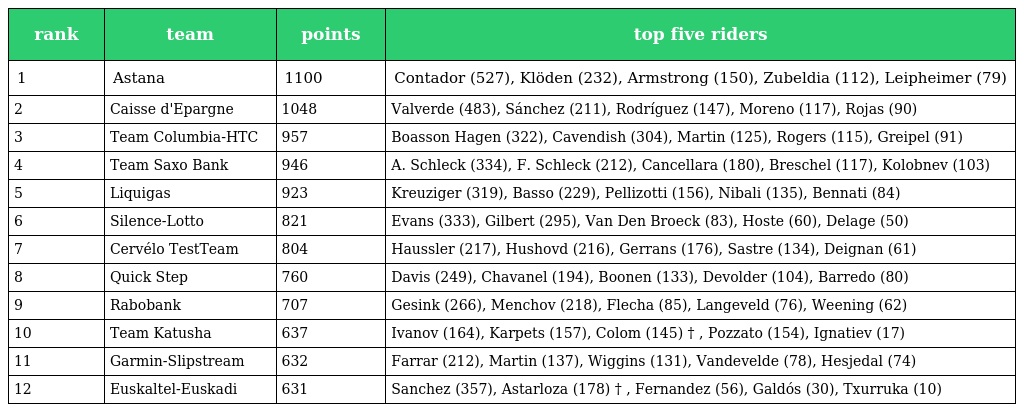
| rank | team | points | top five riders |
 | --- | --- | --- | --- |
 | 1 | Astana | 1100 | Contador (527), Klöden (232), Armstrong (150), Zubeldia (112), Leipheimer (79) |
 | 2 | Caisse d'Epargne | 1048 | Valverde (483), Sánchez (211), Rodríguez (147), Moreno (117), Rojas (90) |
 | 3 | Team Columbia-HTC | 957 | Boasson Hagen (322), Cavendish (304), Martin (125), Rogers (115), Greipel (91) |
 | 4 | Team Saxo Bank | 946 | A. Schleck (334), F. Schleck (212), Cancellara (180), Breschel (117), Kolobnev (103) |
 | 5 | Liquigas | 923 | Kreuziger (319), Basso (229), Pellizotti (156), Nibali (135), Bennati (84) |
 | 6 | Silence-Lotto | 821 | Evans (333), Gilbert (295), Van Den Broeck (83), Hoste (60), Delage (50) |
 | 7 | Cervélo TestTeam | 804 | Haussler (217), Hushovd (216), Gerrans (176), Sastre (134), Deignan (61) |
 | 8 | Quick Step | 760 | Davis (249), Chavanel (194), Boonen (133), Devolder (104), Barredo (80) |
 | 9 | Rabobank | 707 | Gesink (266), Menchov (218), Flecha (85), Langeveld (76), Weening (62) |
 | 10 | Team Katusha | 637 | Ivanov (164), Karpets (157), Colom (145) † , Pozzato (154), Ignatiev (17) |
 | 11 | Garmin-Slipstream | 632 | Farrar (212), Martin (137), Wiggins (131), Vandevelde (78), Hesjedal (74) |
 | 12 | Euskaltel-Euskadi | 631 | Sanchez (357), Astarloza (178) † , Fernandez (56), Galdós (30), Txurruka (10) |